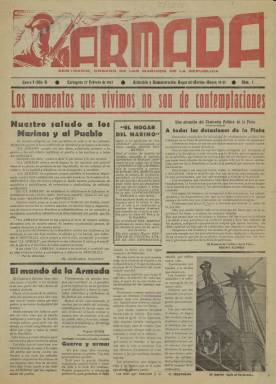
Título: Armada (Cartagena)
Colección: Guerra civil
Ámbito geográfico: Murcia
Lugar de publicación: Cartagena [Murcia]
Fechas: 27/02/1937-26/11/1938

Es un semanario de la guerra civil española (1936-1939). Aparece con el subtítulo “órgano de los Marinos de la República”, el 27 de febrero de 1937. Su director es el diputado socialista por Santander Bruno Alonso González (1887-1977), una de las personalidades más destacadas de la izquierda cántabra, quien había sido nombrado por el ministro de Marina, Indalecio Prieto, el 29 de diciembre de 1936, comisario general de la Flota Republicana, cuya principal base y puerto fue Cartagena, una de las ciudades que sufrirá más bombardeos por parte de la aviación sublevada, italiana y alemana. En su saludo -firmado por Alonso como El Comisario Político-, dirá que el periódico no representará “grupos, partidos ni banderías”, sino la “lucha antifascista”, como portavoz de la “unidad y disciplina” de la escuadra de guerra republicana. En la misma primera página de su primera entrega, el almirante jefe de la Flota en ese momento, Miguel Buiza Fernández-Palacios (1898-1963), se referirá a Alonso como “el Comisario Director” del periódico.

Sus entregas comenzaron siendo de cuatro páginas, compuestas a cinco columnas, usando dos tintas, y empleando la roja para la cabecera, dibujada por Samper, que en su primera entrega aparece sin el artículo –sólo, Armada. También usa la tinta roja para los principales titulares de la primera y última páginas. Su consigna más destacada es: “Por la cultura y la libertad. Por la moral y la disciplina. Por el Gobierno legítimo. Por la República española. Por la lucha a muerte contra el fascismo”. Su redacción y administración estuvo al principio en el Hogar del Marino, establecido en el número 19-21 de la cartagenera calle Mayor, que ese mismo día 27 de febrero de 1937 fue inaugurado. En septiembre de 1937, la redacción pasará a estar ubicada en la sede de la jefatura de la Base Naval, en el número 7 de la Muralla del Mar. Será una publicación ilustrada con fotografías, humor gráfico y algunos dibujos; y en sus primeras entregas indica que estaba estampada en la Imprenta Casa Garnero. También usará distinto papel de prensa para su impresión en algunos de sus números.

Su “línea argumental e ideológica” fue la difusión de “las consignas del Comisariado Político, de unidad por encima de la lucha de partidos, así como de elevación de la moral de la Flota”, tal como señala Mínguez de las Heras en su trabajo sobre La prensa cartagenera en la guerra civil (2000). Para Julián Sanz Hoya (2005), la actuación de Alonso estuvo “encaminada a elevar la moral de los marinos a través de una activa propaganda”, cuya principal consigna fue “conseguir la unidad de acción por encima de partidos y tendencias”. Agrega que, en esa actividad, chocó especialmente con cenetistas y comunistas. Gómez Vizcaíno (1996) ha analizado el restablecimiento y normalización de la disciplina -"como pilar básico de la organización militar"- en la labor de Alonso y del semanario, así como algunas de las fisuras que se suscitaron.

En la primavera de 1938 modifica el subtítulo, sumando que es “órgano del Comisariado de la Flota (que debe considerarse como editor) a “portavoz de los Marinos de la República”; y el 23 de julio de ese año (número 74), inicia una segunda época, dejando de usar la tinta roja. Desde el número 77, de 13 de agosto de 1938, aumenta a ocho páginas, siendo compuestas a cuatro columnas; y desde el 87, de 22 de octubre de ese año, a diez. Incluirá como “suplemento”, impreso por Garnero, el discurso del presidente de la República, Manuel Azaña, el 18 de julio de 1938, en Barcelona.

Además de editoriales, artículos y alocuciones, tendrá algunas secciones, como una dedicada al propio Hogar del Marino; otra bajo el epígrafe Silueta, firmada por Arevir; y, a veces, otra de Deportes, firmada por Liniesmen. También publica artículos de política internacional, especialmente europea, y, en su segunda época, reportajes sobre los buques de la Armada republicana, para los que usa el epígrafe “Visitas a nuestros barcos”. También crea la sección Vida de la Flota. Tendrá una Sección técnica, y serán asesores técnicos del periódico los jefes de la flota y de la base. Así mismo, escriben en sus páginas los comisarios políticos de los navíos, unidades y otros destacamentos militares. Así, Alejandro Rodríguez Seguí, comisario político del crucero Miguel de Cervantes, es el autor de un Cuaderno de bitácora. Reproduce textos publicados en “periódicos murales” de los buques. Publica un folletón bajo el título La expedición de los Dardanelos, firmado por M.M.

Bajo sus textos aparecerán, entre otras, las firmas de Pedro Garfias (comisario delegado de guerra del Batallón Villafranca), Crescenciano Bilbao (comisario político de la BNP), Ramón García Herrera, José Herrera Peter, Rafael Díez Paz, Salvador Targa Sans, José Mondragón Rubio, S. Martínez Dasi, J. Gregori Martínez, N. Furió y Cabanes, J. Vidal Requena, Manuel de la Loma, Eduardo Zamacois, Luis Araquistáin, Salvador Martínez, Antonio Rivera, Antonio Romero, Antonio Manresa, Félix Guerrero, José Fucal, Salvador Ros, Eugenio Sierra, Juan Oyarzabal, Francisco Mosqueira, Gildo Santos, M. Palma, T. Vázquez o Granda. A veces sólo aparecen iniciales (M.M.C., A.R., R.C. o J.K.), y en otras, seudónimos (Spartaco, Juan Sintierra, Boni, Jota o X.X.). Antonio Segado Arenas publica un poema dedicado a Federico García Lorca. También aparecerá la firma de Luis G. de Ubieta, cuando es jefe de la Flota. Algún dibujo es firmado por Iván

El número 92, correspondiente al 26 de noviembre de 1938, es el último en la colección (incompleta) de la Biblioteca Nacional de España. Existen otras colecciones, también incompletas, tanto en el Servicio Histórico Militar como en la Hemeroteca Municipal de Madrid. En esta se encuentra el número 105, del 25 de febrero de 1939. Se conoce también el recorte de una última alocución de Alonso, de cuatro de marzo, en el Archivo General de la Guerra Civil. Probablemente, no siguió publicándose más, pues Bruno Alonso, que también había sido, desde julio de 1937 a febrero de 1938, comisario de la Base Naval, zarpó al exilio en la Flota Republicana cuando esta abandonó Cartagena, el cinco de marzo de 1939, rumbo al norte de África, al tiempo que se producía el “golpe” del coronel Casado, siendo la base operativa de la escuadra de guerra republicana uno de los “últimos objetivos militares” a los que se refirió el general Francisco Franco en su último parte de guerra, el 1 de abril de 1939.

El denominado Comisariado de la Base Naval también editó en Cartagena, cuando Bruno Alonso fue titular del mismo, el semanario Metralla, desde el 25 de octubre de 1937 al 31 de enero de 1938.

Referencias bibliográficas, además de las citadas, son las obras memoriales que el propio Bruno Alonso publicó en México, reeditadas en España, con estudios preliminares; los trabajos de Pedro María Egea Bruno, Juan Martínez Leal, Manuel Martínez Pastor y Luis Romero, sobre la guerra civil en Cartagena; los trabajos sobre el exilio cántabro (Soldevilla Oria: 1998) y de los marinos republicanos (Fernández Díaz: 2009 y Bouzekri: 2012), y sobre la propia Flota republicana (Cervera Pery: 1978, Alpert: 2008 y Frank: 2009), entre otras. Desde 2002, existe en Santander la Fundación Bruno Alonso.